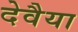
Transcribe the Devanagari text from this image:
देवैया